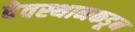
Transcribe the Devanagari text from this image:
देवस्थानकडून